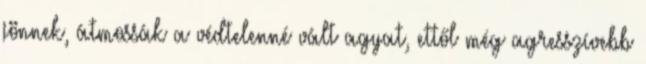
jönnek, átmossák a védtelenné vált agyat, ettől még agresszívebb